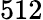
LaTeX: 512